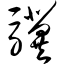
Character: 骥